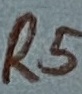
Text: R5